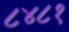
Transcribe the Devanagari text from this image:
८४८१